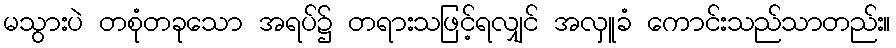
မသွားပဲ တစုံတခုသော အရပ်၌ တရားသဖြင့်ရလျှင် အလှူခံ ကောင်းသည်သာတည်း။